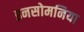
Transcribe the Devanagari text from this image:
इनसोमनिया